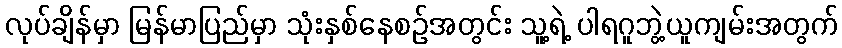
လုပ်ချိန်မှာ မြန်မာပြည်မှာ သုံးနှစ်နေစဉ်အတွင်း သူ့ရဲ့ ပါရဂူဘွဲ့ယူကျမ်းအတွက်